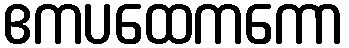
ဧကပထေကကော